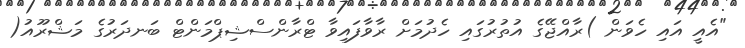
"އެއީ އައި ހެވަން )ރާއްޖޭގެ އުތުރުގައި ހެދުމަށް ރާވާފައިވާ ޓްރާންސްޝިޕްމަންޓް ބަނދަރުގެ މަޝްރޫއު(